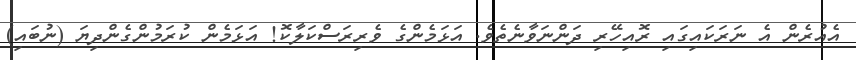
އެއުރެން އެ ނަރަކައިގައި ރޮއިހޭރި ދަންނަވާނެތެވެ. އަޅަމެންގެ ވެރިރަސްކަލާކޮ! އަޅަމެން ކުރަމުންގެންދިޔަ (ނުބައި)